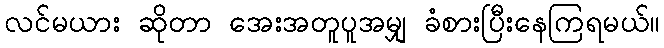
လင်မယား ဆိုတာ အေးအတူပူအမျှ ခံစားပြီးနေကြရမယ်။